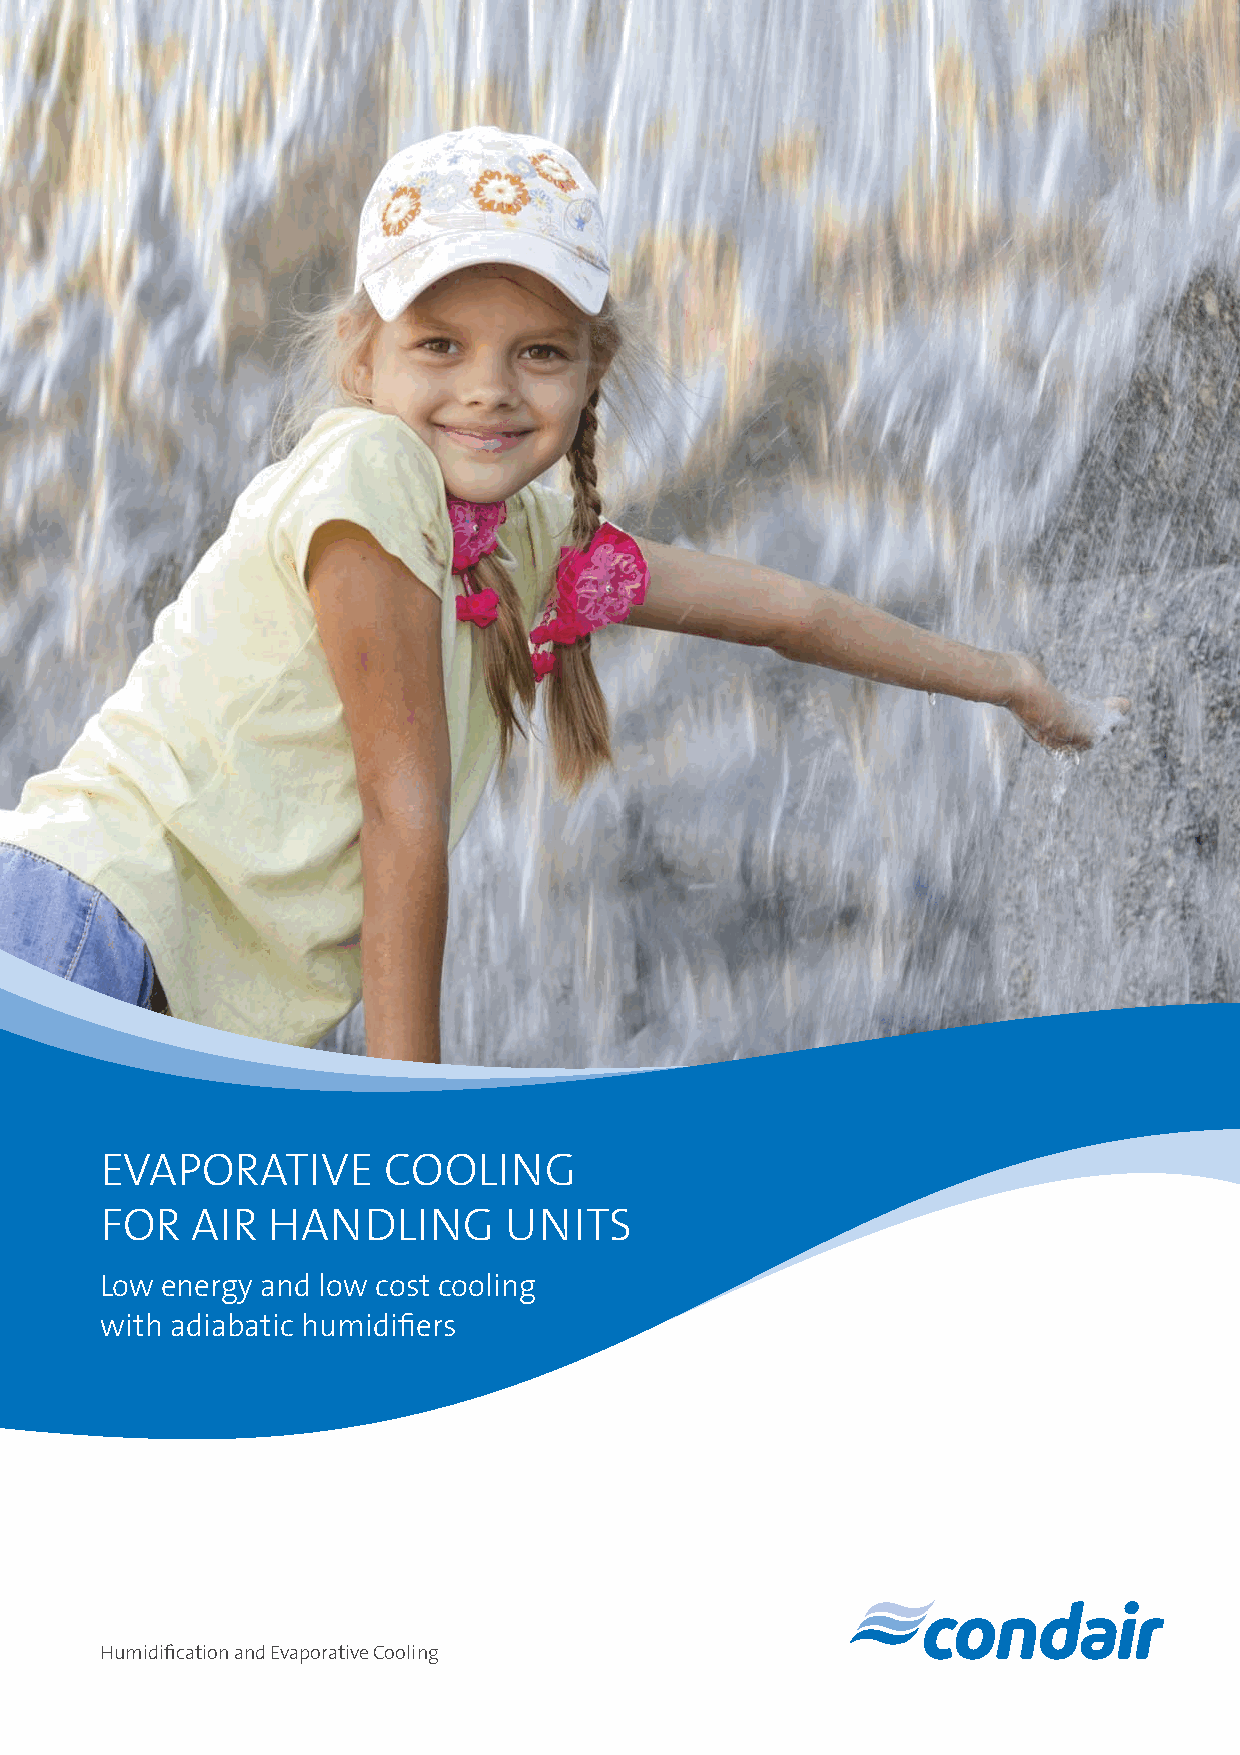
EVAPORATIVE       COOLING
 FOR   AIR  HANDLING       UNITS
 Low energy and low cost cooling
 with adiabatic humidifiers
 Humidification and Evaporative Cooling